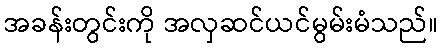
အခန်းတွင်းကို အလှဆင်ယင်မွမ်းမံသည်။